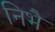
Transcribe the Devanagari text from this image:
निभै